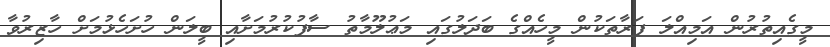
މީގެއިތުރުން އަމިއްލަ ފަރާތަކުން މީހެއްގެ ބަދަލުގައި މަޢުލޫމާތު ސާފުކުރުމަށާއި ބީލަން ހުށަހެޅުމަށް ހާޒިރުވާ